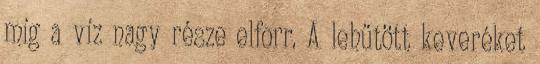
míg a víz nagy része elforr. A lehűtött keveréket